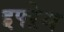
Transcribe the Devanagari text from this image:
इफ्ऱेम